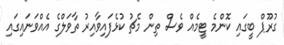
ގުރޫޕް ބީގައި ކޮންމެ ޓީމެއް ވެސް ތިން މެޗު ކުޅެފައިވާއިރު ތާވަލްގެ އެއްވަނައިގައި